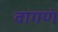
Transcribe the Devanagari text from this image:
वागणं